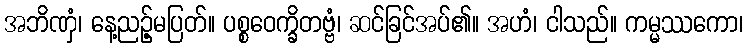
အဘိဏှံ၊ နေ့ညဉ့်မပြတ်။ ပစ္စဝေက္ခိတဗ္ဗံ၊ ဆင်ခြင်အပ်၏။ အဟံ၊ ငါသည်။ ကမ္မဿကော၊